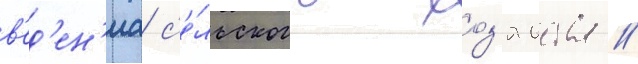
в'ед'ен'иа с'е́льского хоз'яиства //